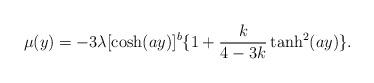
LaTeX: \begin{align*}\mu(y)=-3\lambda[\cosh(ay)]^b\{1+\frac{k}{4-3k}\tanh^2(ay)\}.\end{align*}